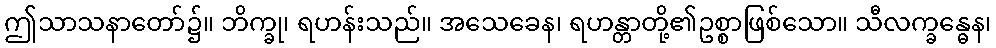
ဤသာသနာတော်၌။ ဘိက္ခု၊ ရဟန်းသည်။ အသေခေန၊ ရဟန္တာတို့၏ဥစ္စာဖြစ်သော။ သီလက္ခန္ဓေန၊